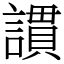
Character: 謴